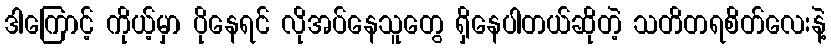
ဒါကြောင့် ကိုယ့်မှာ ပိုနေရင် လိုအပ်နေသူတွေ ရှိနေပါတယ်ဆိုတဲ့ သတိတရစိတ်လေးနဲ့